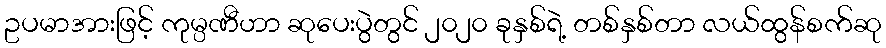
ဥပမာအားဖြင့် ကုမ္ပဏီဟာ ဆုပေးပွဲတွင် ၂၀၂၀ ခုနှစ်ရဲ့ တစ်နှစ်တာ လယ်ထွန်စက်ဆု